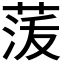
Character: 𮏟